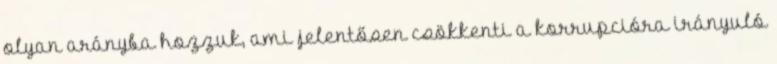
olyan arányba hozzuk, ami jelentősen csökkenti a korrupcióra irányuló